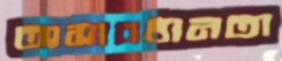
অসাবধানতা